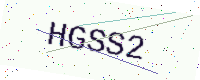
Text: HGSS2